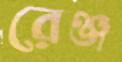
রেঞ্জ